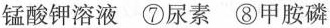
锰酸钾溶液⑦尿素⑧甲胺磷